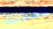
المصحة